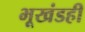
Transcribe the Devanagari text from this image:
भूखंडही